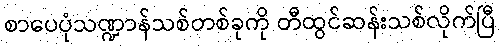
စာပေပုံသဏ္ဍာန်သစ်တစ်ခုကို တီထွင်ဆန်းသစ်လိုက်ပြီ